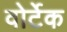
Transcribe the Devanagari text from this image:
वोर्टेक